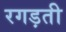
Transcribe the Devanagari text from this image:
रगड़ती